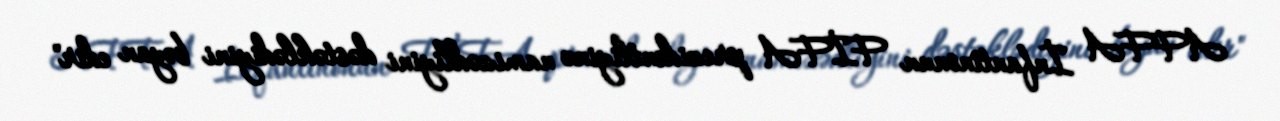
AFFA İnfantinonun FİFA prezidentliyinə namizədliyini dəstəklədiyini bəyan edir"